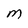
Character: M